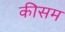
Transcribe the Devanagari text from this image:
कीसम